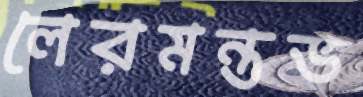
লেরমন্তভ